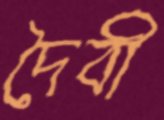
দৈবী